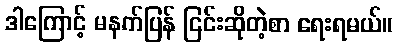
ဒါကြောင့် မနက်ပြန် ငြင်းဆိုတဲ့စာ ရေးရမယ်။